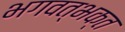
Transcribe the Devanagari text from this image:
भगवत्भक्त